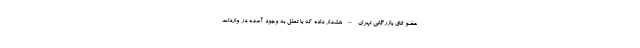
عضو اتاق بازرگانی تهران – هشدار داده که با تعلل به وجود آمده در واردات